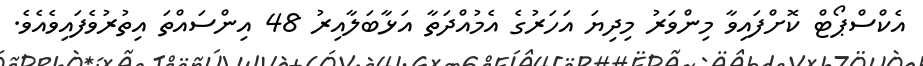
އެކްސްޕޯޓް ކޮށްފައިވާ މިންވަރު މިދިޔަ އަހަރުގެ އެމުއްދަތާ އަޅާބަލާއިރު 48 އިންސައްތަ އިތުރުވެފައިވެއެވެ.